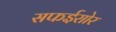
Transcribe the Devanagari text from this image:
सफईराोर